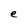
Character: e